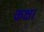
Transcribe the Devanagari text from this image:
कक्ष।